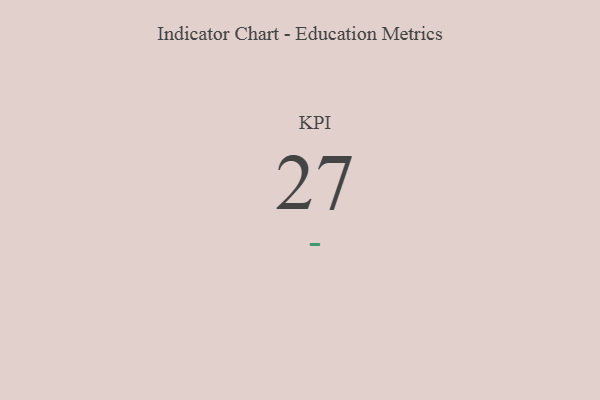
{"axis": {"x": "KPI", "y": "Value"}, "legend": [""], "data": [{"x": "KPI", "y": 27, "type": ""}]}